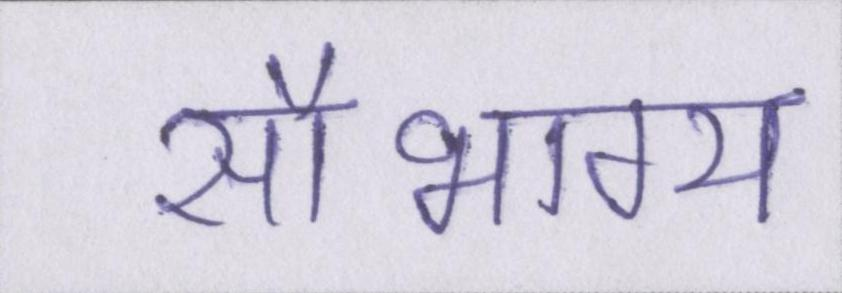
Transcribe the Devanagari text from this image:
सौभाग्य